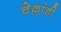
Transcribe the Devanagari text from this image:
चेल्लांडी